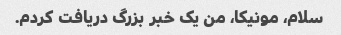
سلام، مونیکا، من یک خبر بزرگ دریافت کردم.